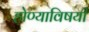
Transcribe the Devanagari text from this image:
होण्याविषयी